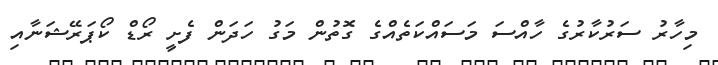
މިހާރު ސަރުކާރުގެ ހާއްސަ މަސައްކަތެއްގެ ގޮތުން މަގު ހަދަން ފެށީ ރޯޑް ކޯޕަރޭޝަނާއި